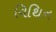
વિથિન